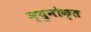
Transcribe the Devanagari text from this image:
न्युनोक्त